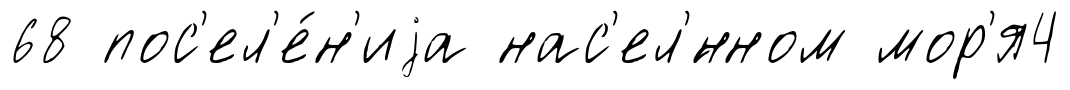
68 пос'ел'е́н'иjа нас'ел'́нном мор'я4